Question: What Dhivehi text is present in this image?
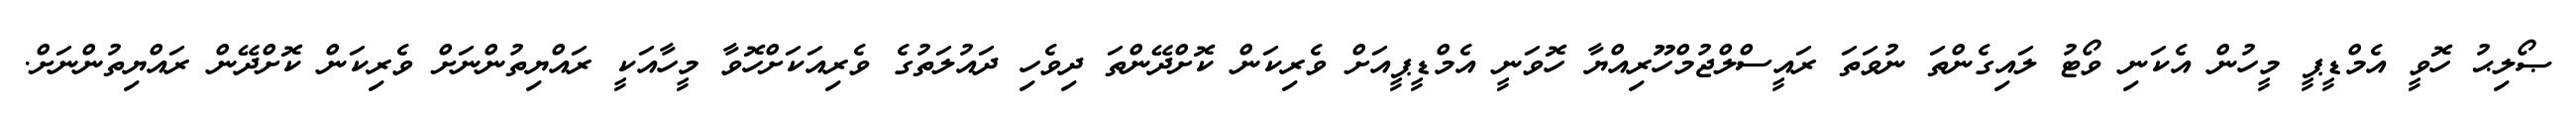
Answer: ޞޯލިޙު ހޮވީ އެމްޑީޕީ މީހުން އެކަނި ވޯޓު ލައިގެންތަ ނުވަތަ ރައީސްލްޖުމްހޫރިއްޔާ ހޮވަނީ އެމްޑީޕީއަށް ވެރިކަން ކޮށްދޭންތަ ދިވެހި ދައުލަތުގެ ވެރިއަކަށްހޮވާ މީހާއަކީ ރައްޔިތުންނަށް ވެރިކަން ކޮށްދޭން ރައްޔިތުންނަށް.